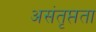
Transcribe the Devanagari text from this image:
असंतृप्तता